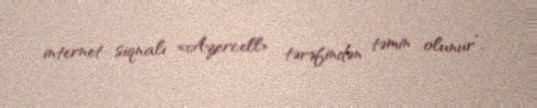
internet siqnalı «Azercell» tərəfindən təmin olunur”.